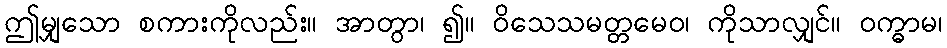
ဤမျှသော စကားကိုလည်း။ အာတွာ၊ ၍။ ဝိသေသမတ္တမေဝ၊ ကိုသာလျှင်။ ဝက္ဓာမ၊